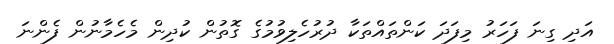
އަދި ގިނަ ފަހަރު މިފަދަ ކަންތައްތަކާ ދުރުހެލިވުމުގެ ގޮތުން ކުދިން މެހެމާނުން ފެންނަ